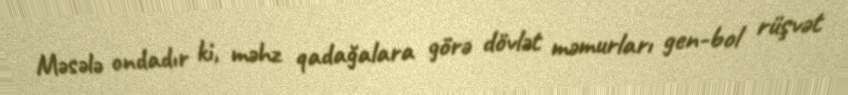
Məsələ ondadır ki, məhz qadağalara görə dövlət məmurları gen-bol rüşvət